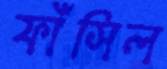
ফাঁসিল